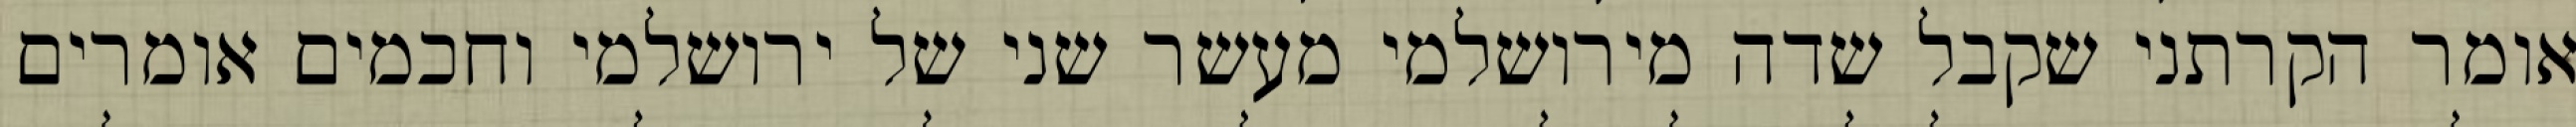
אומר הקרתני שקבל שדה מירושלמי מעשר שני של ירושלמי וחכמים אומרים